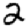
Digit: 2